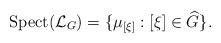
LaTeX: \begin{align*} \textnormal{Spect}(\mathcal{L}_G)=\{\mu_{[\xi]}:[\xi]\in \widehat{G}\}.\end{align*}